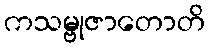
ကသမ္ဗုဇာတောတိ